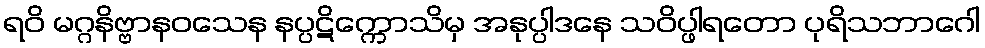
ရဝိ မဂ္ဂနိဗ္ဗာနဝသေန နပ္ပဋိက္ကောသိမှ အနုပ္ပါဒနေ သဝိပ္ဖါရတော ပုရိသဘာဂေါ